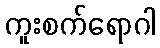
ကူးစက်ရောဂါ